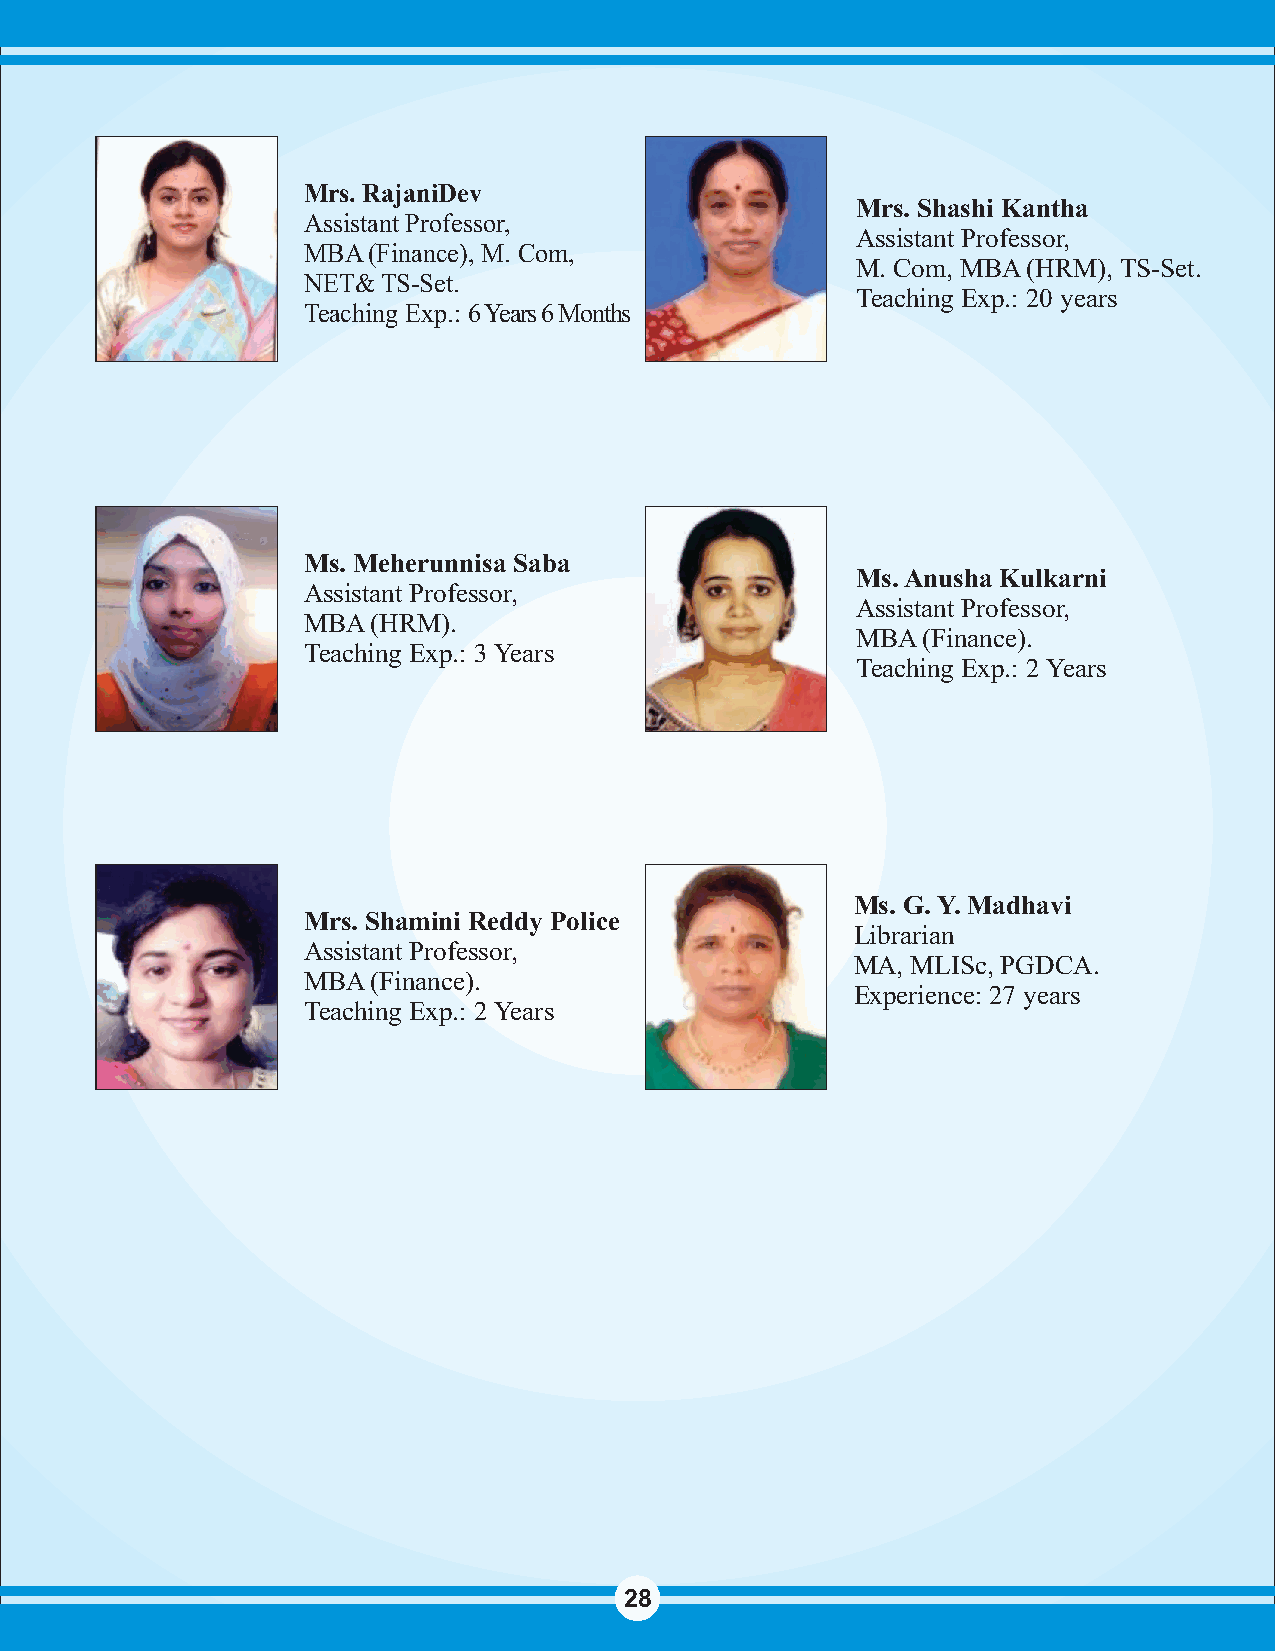
Mrs. RajaniDev
 Mrs. Shashi Kantha
 Assistant Professor,
 Assistant Professor,
 MBA (Finance), M. Com,
 M. Com, MBA (HRM), TS-Set.
 NET& TS-Set.
 Teaching Exp.: 20 years
 Teaching Exp.: 6 Years 6 Months
 Ms. Meherunnisa Saba
 Ms. Anusha Kulkarni
 Assistant Professor,
 Assistant Professor,
 MBA  (HRM).
 MBA (Finance).
 Teaching Exp.: 3 Years
 Teaching Exp.: 2 Years
 Ms. G. Y. Madhavi
 Mrs. Shamini Reddy Police
 Librarian
 Assistant Professor,
 MA, MLISc, PGDCA.
 MBA  (Finance).
 Experience: 27 years
 Teaching Exp.: 2 Years
 28